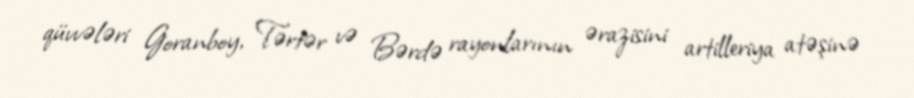
qüvvələri Goranboy, Tərtər və Bərdə rayonlarının ərazisini artilleriya atəşinə